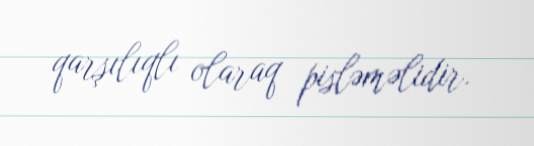
qarşılıqlı olaraq pisləməlidir.